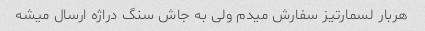
هربار لسمارتیز سفارش میدم ولی به جاش سنگ دراژه ارسال میشه